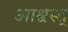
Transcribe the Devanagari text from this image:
आश्वस्त्